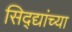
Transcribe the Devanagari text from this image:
सिद्द्यांच्या